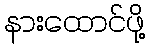
နားထောင်ဖို့